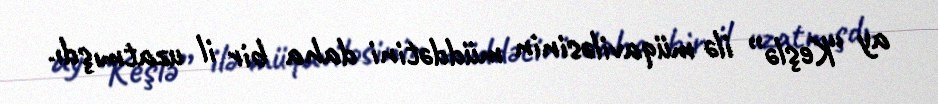
ay “Keşlə” ilə müqaviləsinin müddətini daha bir il uzatmışdı.